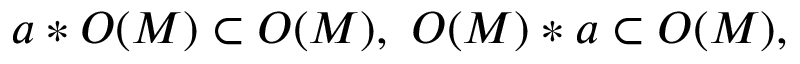
a * O ( M ) \subset O ( M ) , \, \, O ( M ) * a \subset O ( M ) ,